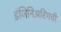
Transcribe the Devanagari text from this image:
इंजिनिअरिंगची